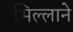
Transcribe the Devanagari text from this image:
भिल्लाने